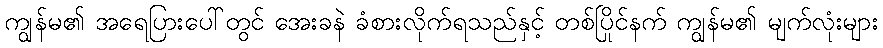
ကျွန်မ၏ အရေပြားပေါ်တွင် အေးခနဲ ခံစားလိုက်ရသည်နှင့် တစ်ပြိုင်နက် ကျွန်မ၏ မျက်လုံးများ